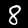
Label: 8